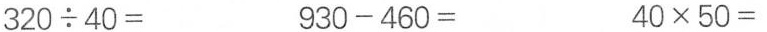
320 \div 40= 930-460= 40 \times 50=